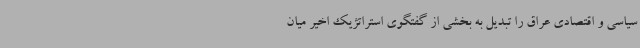
سیاسی و اقتصادی عراق را تبدیل به بخشی از گفتگوی استراتژیک اخیر میان